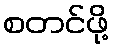
စတင်ဖို့